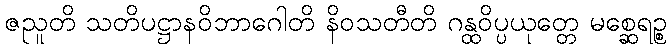
ဇညူတိ သတိပဋ္ဌာနဝိဘာဂေါတိ နိဝသတီတိ ဂန္ထဝိပ္ပယုတ္တေ မစ္ဆေရဉ္စ